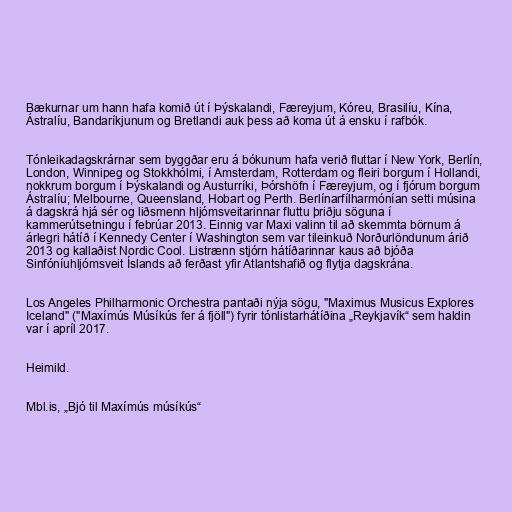
Bækurnar um hann hafa komið út í Þýskalandi, Færeyjum, Kóreu, Brasilíu, Kína,
Ástralíu, Bandaríkjunum og Bretlandi auk þess að koma út á ensku í rafbók.

Tónleikadagskrárnar sem byggðar eru á bókunum hafa verið fluttar í New York, Berlín,
London, Winnipeg og Stokkhólmi, í Amsterdam, Rotterdam og fleiri borgum í Hollandi,
nokkrum borgum í Þýskalandi og Austurríki, Þórshöfn í Færeyjum, og í fjórum borgum
Ástralíu; Melbourne, Queensland, Hobart og Perth. Berlínarfílharmónían setti músina
á dagskrá hjá sér og liðsmenn hljómsveitarinnar fluttu þriðju söguna í
kammerútsetningu í febrúar 2013. Einnig var Maxi valinn til að skemmta börnum á
árlegri hátíð í Kennedy Center í Washington sem var tileinkuð Norðurlöndunum árið
2013 og kallaðist Nordic Cool. Listrænn stjórn hátíðarinnar kaus að bjóða
Sinfóníuhljómsveit Íslands að ferðast yfir Atlantshafið og flytja dagskrána.

Los Angeles Philharmonic Orchestra pantaði nýja sögu, "Maximus Musicus Explores
Iceland" ("Maxímús Músíkús fer á fjöll") fyrir tónlistarhátíðina „Reykjavík“ sem haldin
var í apríl 2017.

Heimild.

Mbl.is, „Bjó til Maxímús músíkús“